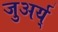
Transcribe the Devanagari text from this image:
जुअर्य्